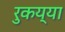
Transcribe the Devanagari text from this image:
रुकय्या